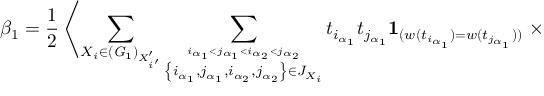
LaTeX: \beta _ { 1 } = \frac { 1 } { 2 } \left\langle \sum _ { X _ { i } \in ( { \it G } _ { 1 } ) _ { X _ { i ^ { \prime } } ^ { \prime } } } \sum _ { \stackrel { i _ { \alpha _ { 1 } } < j _ { \alpha _ { 1 } } < i _ { \alpha _ { 2 } } < j _ { \alpha _ { 2 } } } { \left\{ i _ { \alpha _ { 1 } } , j _ { \alpha _ { 1 } } , i _ { \alpha _ { 2 } } , j _ { \alpha _ { 2 } } \right\} \in J _ { X _ { i } } } } t _ { i _ { \alpha _ { 1 } } } t _ { j _ { \alpha _ { 1 } } } { \bf 1 } _ { ( w ( t _ { i _ { \alpha _ { 1 } } } ) = w ( t _ { j _ { \alpha _ { 1 } } } ) ) } \right. \times